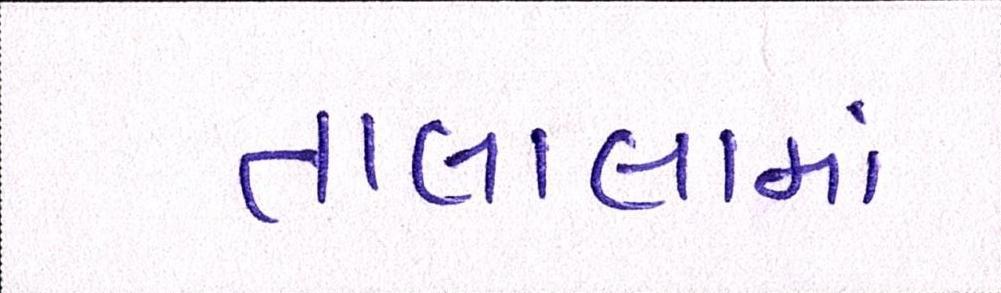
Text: તાલાલામાં